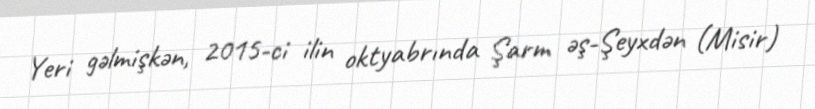
Yeri gəlmişkən, 2015-ci ilin oktyabrında Şarm əş-Şeyxdən (Misir)